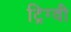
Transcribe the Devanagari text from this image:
ट्रिग्वी